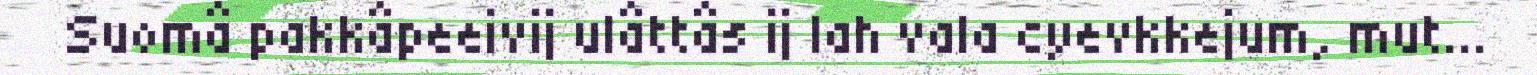
Suomâ pakkâpeeivij ulâttâs ij lah vala cyevkkejum, mut...